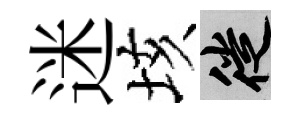
迷垓徙